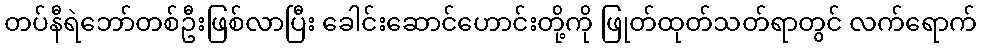
တပ်နီရဲဘော်တစ်ဦးဖြစ်လာပြီး ခေါင်းဆောင်ဟောင်းတို့ကို ဖြုတ်ထုတ်သတ်ရာတွင် လက်ရောက်